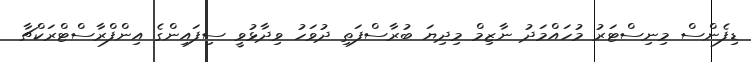
ޑިފެންސް މިނިސްޓަރު މުހައްމަދު ނާޒިމް މިދިޔަ ބުރާސްފަތި ދުވަހު ވިދާޅުވީ ސިފައިންގެ އިންފްރާސްޓްރަކްޗާ